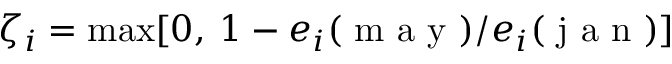
\zeta _ { i } = \operatorname* { m a x } [ 0 , \: 1 - e _ { i } ( \mathrm { ~ m ~ a ~ y ~ } ) / e _ { i } ( \mathrm { ~ j ~ a ~ n ~ } ) ]